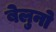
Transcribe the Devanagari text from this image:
बेलुनो